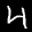
Label: 4